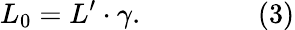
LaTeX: L_{0}=L^{\prime}\cdot\gamma.\qquad\qquad{\mathrm{(3)}}